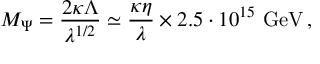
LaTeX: M _ { \Psi } = \frac { 2 \kappa \Lambda } { \lambda ^ { 1 / 2 } } \simeq \frac { \kappa \eta } { \lambda } \times 2 . 5 \cdot 1 0 ^ { 1 5 } ~ \mathrm { G e V } \, ,